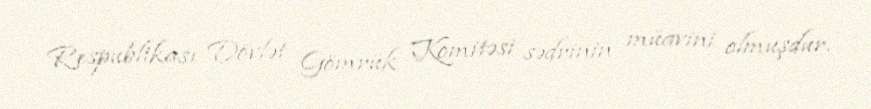
Respublikası Dövlət Gömrük Komitəsi sədrinin müavini olmuşdur.